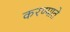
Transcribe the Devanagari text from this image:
करण्याते